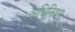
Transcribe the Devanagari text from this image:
अधिनियम